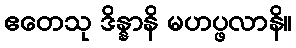
ဧတေသု ဒိန္နာနိ မဟပ္ဖလာနိ။